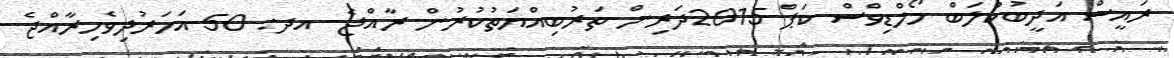
ރައީސް އަދީބުކްލަބް މޯލްޑިވްސް ކަޕް 2015ދަރިން ތަރުބިއްޔަތުކުރުން ރާއްޖެ- އދ: 50 އަހަރުދިވެހިރާއްޖެ